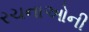
રચનાઓની